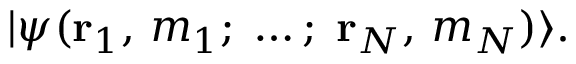
| \psi ( \mathbf { r } _ { 1 } , \, m _ { 1 } ; \; \dots ; \; \mathbf { r } _ { N } , \, m _ { N } ) \rangle .